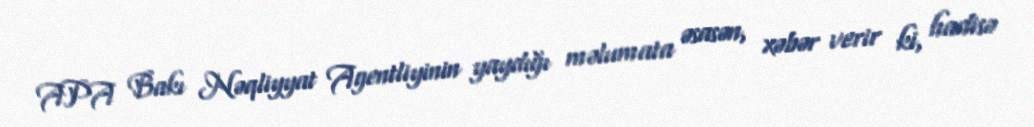
APA Bakı Nəqliyyat Agentliyinin yaydığı məlumata əsasən, xəbər verir ki, hadisə